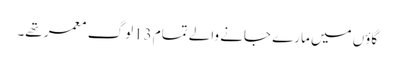
گاؤں میں مارے جانے والے تمام 13لوگ معمر تھے۔